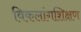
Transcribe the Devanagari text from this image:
विकलांगशिक्षण